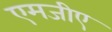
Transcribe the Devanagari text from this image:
एमजीए